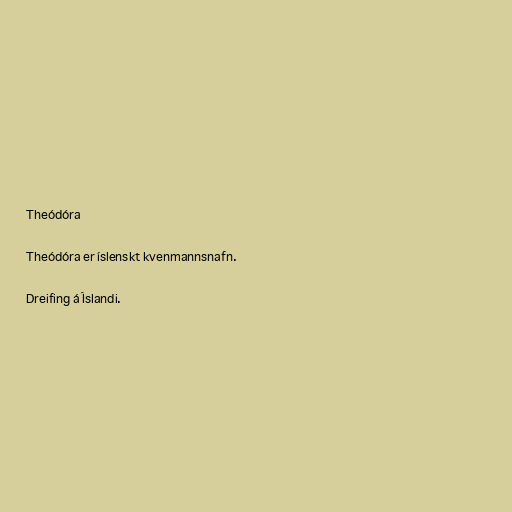
Theódóra

Theódóra er íslenskt kvenmannsnafn.

Dreifing á Íslandi.